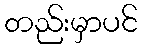
တည်းမှာပင်